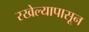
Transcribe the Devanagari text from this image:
रखेल्यापासून